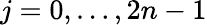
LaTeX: j=0,\ldots,2n-1